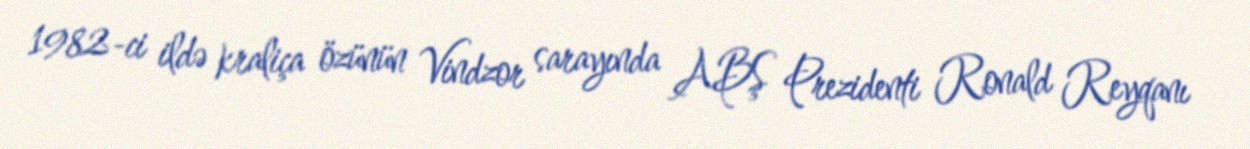
1982-ci ildə kraliça özünün Vindzor sarayında ABŞ Prezidenti Ronald Reyqanı